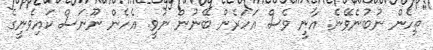
"ތިހެން ނުބުނެވޭނެ. އާނީ ވެސް އަހަރެން ބޭނުން ނުވީ. އެހެން ނޫނަސް ކައިވެނީގެ